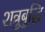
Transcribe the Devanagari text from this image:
शत्रुबुद्धि